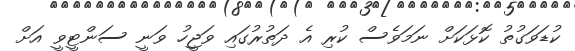
ކުޑަވަގުތު ކޮޅަކަށް ނަމަވެސް ކުރި އެ ދަތުރުގައި ވަޖީހު ވަނީ ސަންޓީވީ އަށް